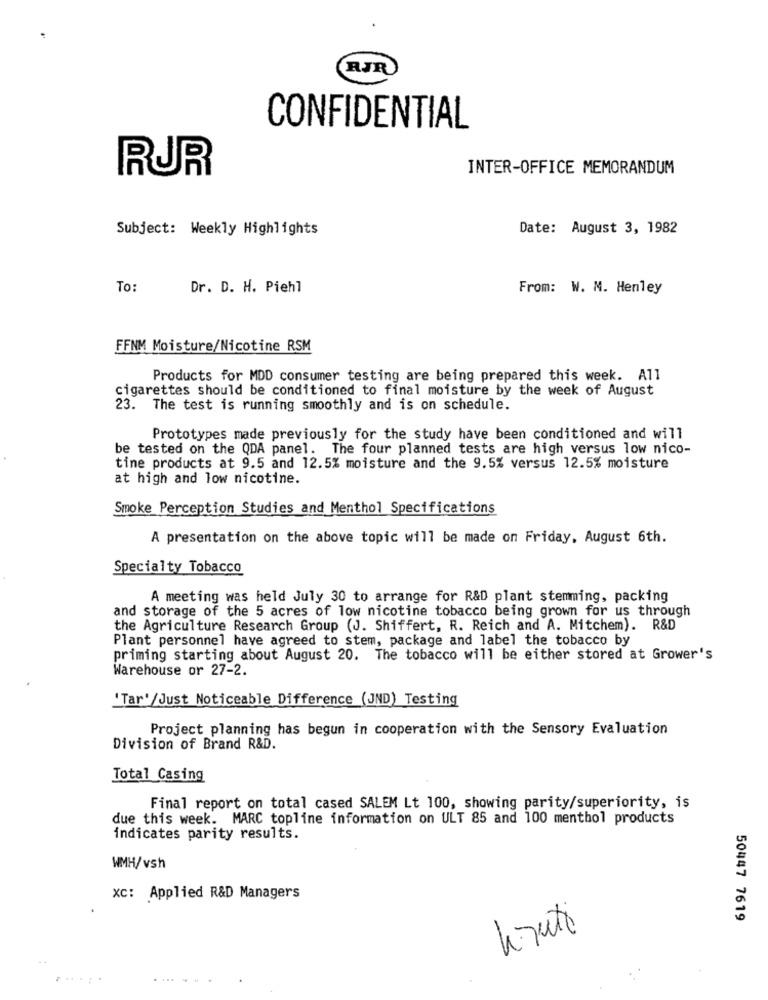
RJR
CONFIDENTIAL
RUR
INTER-OFFICE MEMORANDUM
Subject: Weekly Highlights
Date: August 3, 1982
To:
Dr. D. H. Piehl
From: W. M. Henley
FFNM Moisture/Nicotine RSM
Products for MDD consumer testing are being prepared this week. All
cigarettes should be conditioned to final moisture by the week of August
23. The test is running smoothly and is on schedule.
Prototypes made previously for the study have been conditioned and will
be tested on the QDA panel. The four planned tests are high versus low nico-
tine products at 9.5 and 12.5% moisture and the 9.5% versus 12.5% moisture
at high and low nicotine.
Smoke Perception Studies and Menthol Specifications
A presentation on the above topic will be made on Friday, August 6th.
Specialty Tobacco
A meeting was held July 30 to arrange for R&D plant stemming, packing
and storage of the 5 acres of low nicotine tobacco being grown for us through
the Agriculture Research Group (J. Shiffert, R. Reich and A. Mitchem). R&D
Plant personnel have agreed to stem, package and label the tobacco by
priming starting about August 20. The tobacco will be either stored at Grower's
Warehouse or 27-2.
'Tar'/Just Noticeable Difference (JND) Testing
Project planning has begun in cooperation with the Sensory Evaluation
Division of Brand R&D.
Total Casing
Final report on total cased SALEM Lt 100, showing parity/superiority, is
due this week. MARC topline information on ULT 85 and 100 menthol products
indicates parity results.
WMH/vsh
XC: Applied R&D Managers
50447 7619
himuito
......
........